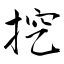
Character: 挖